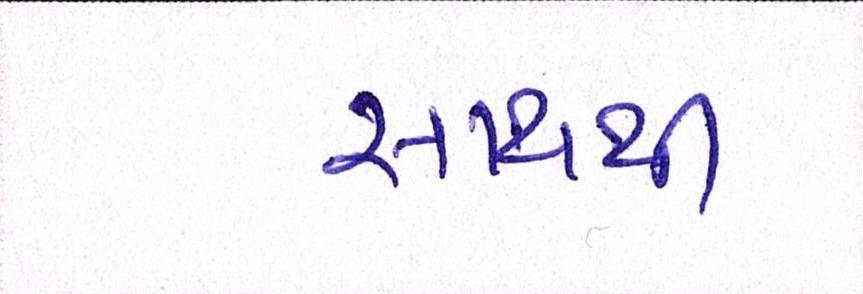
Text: સાથથી